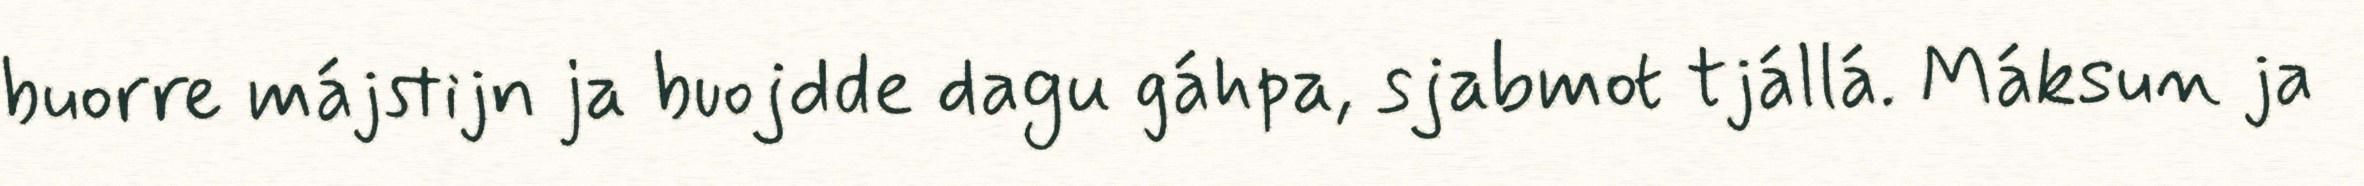
buorre májstijn ja buojdde dagu gáhpa, sjabmot tjállá. Máksun ja